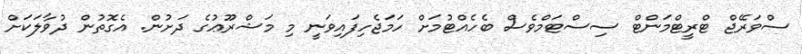
ސްވަރޭޖް ޓްރީޓްމަންޓް ސިސްޓަމްވެސް ބެހެއްޓުމަށް ހަމަޖެހިފައިވަނީ މި މަޝްރޫޢުގެ ދަށުން. އެގޮތުން ދުވާލަކަށް